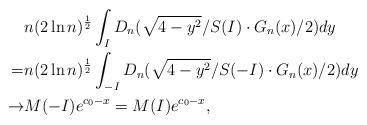
LaTeX: \begin{align*}&n(2\ln n)^{\frac{1}{2}}\int_ID_n(\sqrt{4-y^2}/S(I) \cdot G_n(x)/2)dy\\=&n(2\ln n)^{\frac{1}{2}}\int_{-I}D_n(\sqrt{4-y^2}/S(-I) \cdot G_n(x)/2)dy\\ \to& M(-I)e^{c_0-x}=M(I)e^{c_0-x},\end{align*}